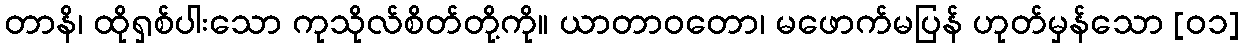
တာနိ၊ ထိုရှစ်ပါးသော ကုသိုလ်စိတ်တို့ကို။ ယာတာဝတော၊ မဖောက်မပြန် ဟုတ်မှန်သော [၀၁]